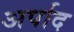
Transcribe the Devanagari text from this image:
अर्पाद